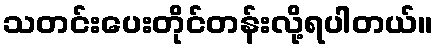
သတင်းပေးတိုင်တန်းလို့ရပါတယ်။